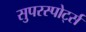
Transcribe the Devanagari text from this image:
सुपरस्पोर्ट्स